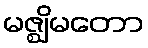
မဇ္ဈိမတော